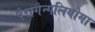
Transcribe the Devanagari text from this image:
पैरागैन्गलियोमा